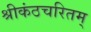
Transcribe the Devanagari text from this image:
श्रीकंठचरितम्